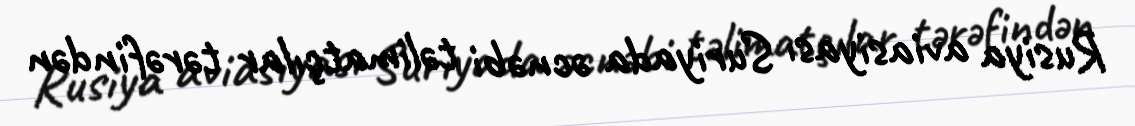
Rusiya aviasiyası Suriyada əcnəbi təlimatçılar tərəfindən